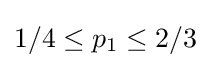
1/4\leq p_{1}\leq 2/3